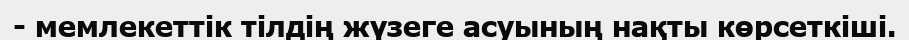
- мемлекеттік тілдің жүзеге асуының нақты көрсеткіші.